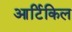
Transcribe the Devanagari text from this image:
आर्टिकिल